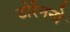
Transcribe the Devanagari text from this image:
टोर्रेननो